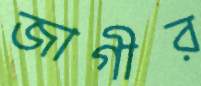
জাগীর